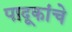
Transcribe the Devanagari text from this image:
पादूकांचे